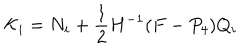
LaTeX: { \cal K } _ { i } = { N } _ { i } + \frac { 1 } { 2 } H ^ { - 1 } ( F - P _ { 4 } ) Q _ { i }